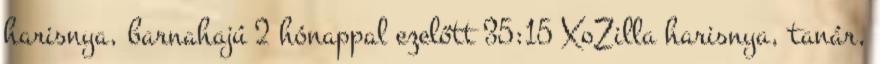
harisnya, barnahajú 2 hónappal ezelőtt 35:15 XoZilla harisnya, tanár,